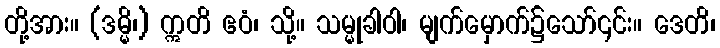
တို့အား။ (ဒမ္မိ၊) ဣတိ ဧဝံ၊ သို့။ သမ္မုခါဝါ၊ မျက်မှောက်၌သော်၎င်း။ ဒေတိ၊